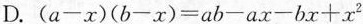
D.$$(a-x)(b-x)=ab-ax-bx+x^{2}$$